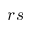
r s